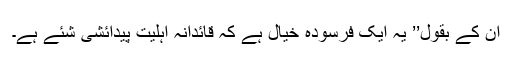
ان کے بقول’’ یہ ایک فرسودہ خیال ہے کہ قائدانہ اہلیت پیدائشی شئے ہے۔